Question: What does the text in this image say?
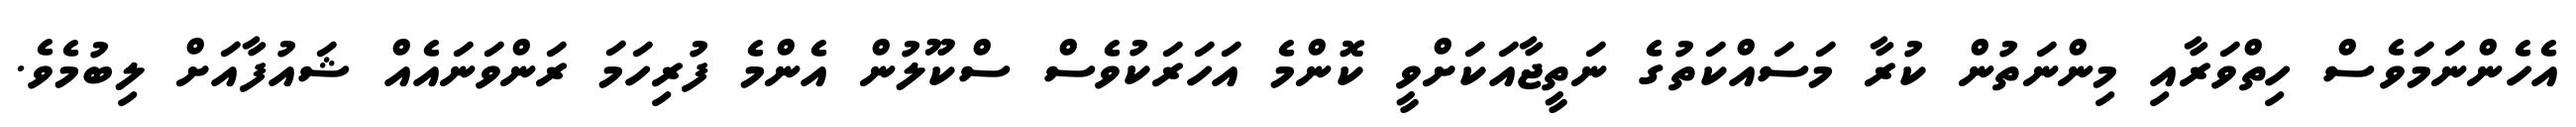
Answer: އެހެންނަމަވެސް ހިތްވަރާއި މިންނަތުން ކުރާ މަސައްކަތުގެ ނަތީޖާއަކަށްވީ ކޮންމެ އަހަރަކުވެސް ސްކޫލުން އެންމެ ފުރިހަމަ ރަންވަނައެއް ޝައުފާއަށް ލިބުމެވެ.